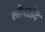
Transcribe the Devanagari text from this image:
लोगसीदे